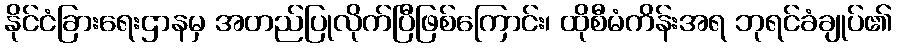
နိုင်ငံခြားရေးဌာနမှ အတည်ပြုလိုက်ပြီဖြစ်ကြောင်း၊ ထိုစီမံကိန်းအရ ဘုရင်ခံချုပ်၏